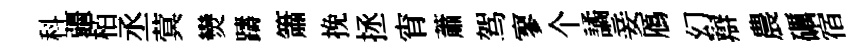
科疆栢丞蓂𤓖躊簫挽拯宵蕭驾寥个譎妾鴈幻辯農礪宿